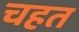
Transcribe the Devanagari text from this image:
चहत